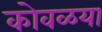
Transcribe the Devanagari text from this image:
कोवळया